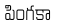
పింగకా